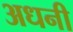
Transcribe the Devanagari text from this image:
अधनी